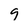
Character: 9